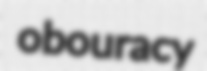
obouracy